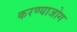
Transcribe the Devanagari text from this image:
करण्याजोग